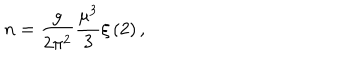
LaTeX: n = \frac { g } { 2 \pi ^ { 2 } } \frac { \mu ^ { 3 } } { 3 } \xi \left( 2 \right) ,